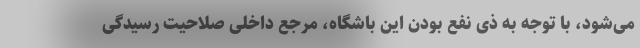
می‌شود، با توجه به ذی نفع بودن این باشگاه، مرجع داخلی صلاحیت رسیدگی